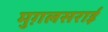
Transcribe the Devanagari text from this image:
मुग़लसराई